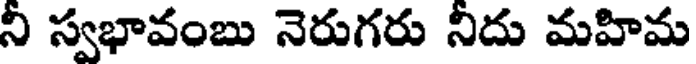
ని స్వభావంబు నెరుగరు నిదు మహిమ